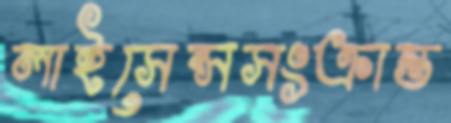
লাইসেন্সসংক্রান্ত